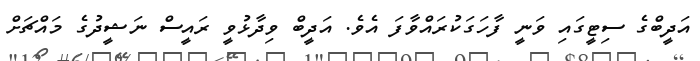
އަދީބްގެ ސިޓީގައި ވަނީ ފާހަގަކުރައްވާފަ އެވެ. އަދީބް ވިދާޅުވީ ރައީސް ނަޝީދުގެ މައްޗަށް